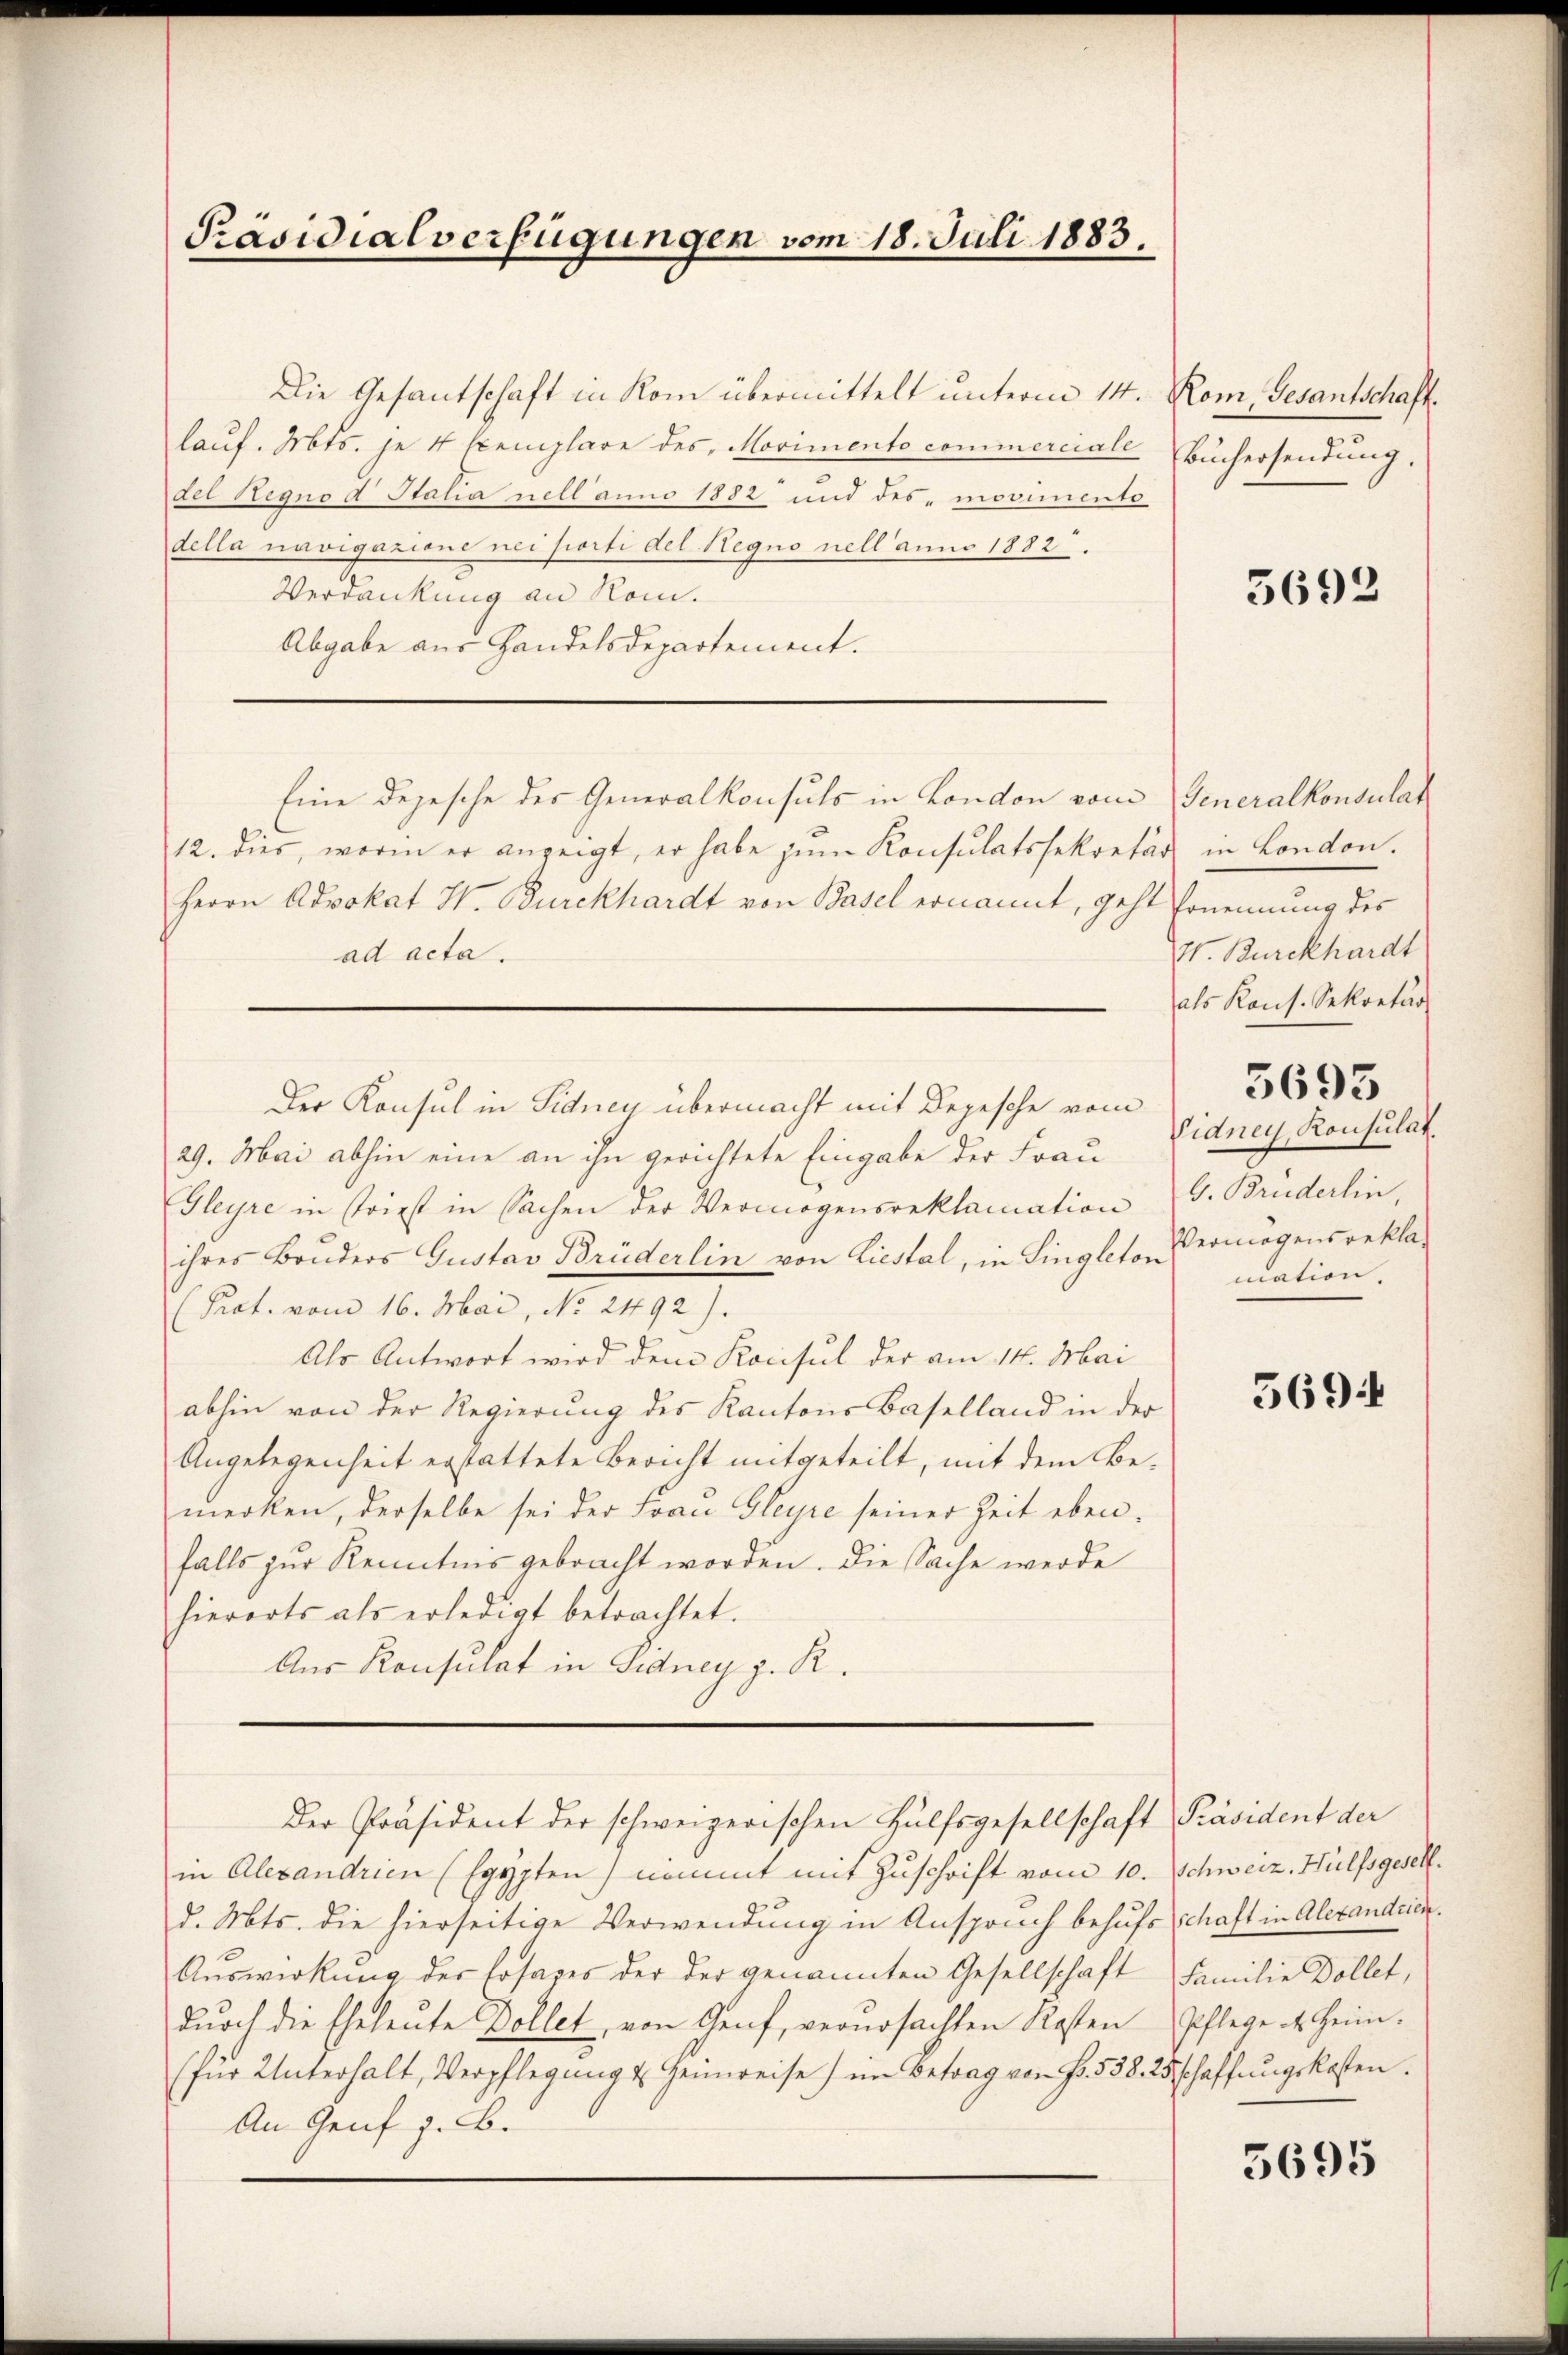
Präsidialverfügungen vom 18. Juli 1883.

Die Gesantschaft in Rom übermittelt unterm 14. Rom, Gesantschaftlauf. Mts. je 4 templare des Movimento commerciale Buchersendung.
del Hegno d Statia nell anno 1882 und des movimento
della navigazione nei porti del Hegno nell anno 1882.
Verdankung an Rom.
Abgabe aus Handelsdepartement.
Eine Depesche der Generalkonsuls in London vom Generalkonsulat
12. dies, worin er anzeigt, er habe zŭm Konsulatssekretär
Herrn Advokat H. Burckhardt von Basel ernannt, geht Ernennung des
ad acta.
Der Konsul in Sidnen übermacht mit Depesche vom
29. Mai abhin eine an ihn gerichtete Eingabe der Frau
Gleyre in Friest in Sachen der Vermögensreklamation v. Bruderlin,
ihres Bruders Gustav Brüderlin von Liestal, in Singleto, Vermögensrekla¬
(Prat. vom 16. Mai, No. 2492).
Als Antwort wird dem Konsul der am 14. Mai
abhin von der Regierung des Kantons Baselland in der
Angelegenheit erstattete Bericht mitgeteilt, mit dem Bemerken, derselbe sei der Frau Gleyre seiner Zeit ebenfalls zur Kenntnis gebracht worden. Die Sache werde
hierorts als erledigt betrachtet.
Aus Konsulat in Fidney h. R.
Der Präsident der schweizerischen Hülfsgesellschaft Präsident der
in Alexandrien (Egypten) nommt mit Zuschrift vom 10. Schweiz. Hülfsgeselld. Mts. die hierseitige Verwendung in Anspruch behufs Schaft in Alexandrien.
Aŭswirkung der Losages der der genannten Gesellschaft Familie Dollet,
dŭrch die Eheleute Dollet, von Genf, verŭrsachten Kosten Pflege des Heim.
(für Unterhalt, Verpflegŭng u Heinreise) im Betrag von Fr. 538. 25 schaffŭngskosten.
An Genf z. B.

5692

in London.
W. Burckhardt
als Kons. Sekretär
5695
Vidney, Konsulat.
mation.

5694

5695